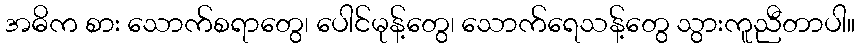
အဓိက စား သောက်စရာတွေ၊ ပေါင်မုန့်တွေ၊ သောက်ရေသန့်တွေ သွားကူညီတာပါ။